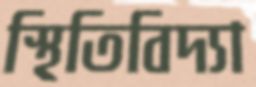
স্থিতিবিদ্যা